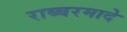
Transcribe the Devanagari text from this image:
राब्बरमादे